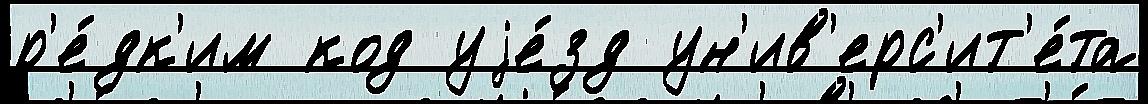
р'е́дк'им код уjе́зд ун'ив'ерс'ит'е́та